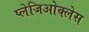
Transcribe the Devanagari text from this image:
प्लेजिओक्लेस